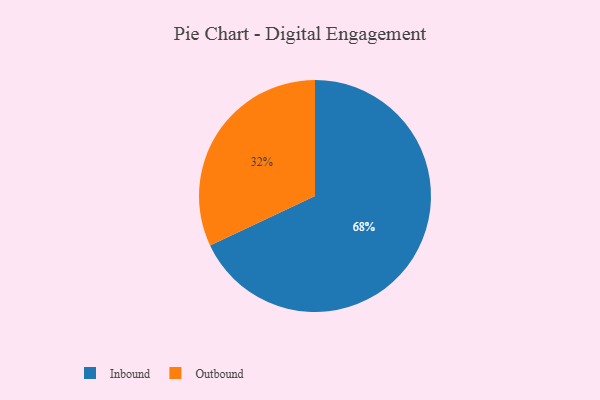
{"axis": {"x": "Category", "y": "Percentage"}, "legend": ["Inbound", "Outbound"], "data": [{"x": "Inbound", "y": 68, "type": "Inbound"}, {"x": "Outbound", "y": 32, "type": "Outbound"}]}